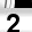
Digit: 2